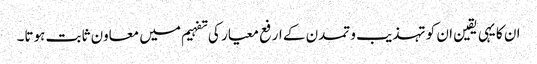
ان کا یہی یقین ان کو تہذیب و تمدن کے ارفع معیار کی تفہیم میں معاون ثابت ہوتا۔